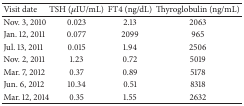
| Visit date | TSH (μIU/mL) | FT4 (ng/dL) | Thyroglobulin (ng/mL) |
 | --- | --- | --- | --- |
 | Nov. 3, 2010 | 0.023 | 2.13 | 2063 |
 | Jan. 12, 2011 | 0.077 | 2099 | 965 |
 | Jul. 13, 2011 | 0.015 | 1.94 | 2506 |
 | Nov. 2, 2011 | 1.23 | 0.72 | 5019 |
 | Mar. 7, 2012 | 0.37 | 0.89 | 5178 |
 | Jun. 6, 2012 | 10.34 | 0.51 | 8318 |
 | Mar. 12, 2014 | 0.35 | 1.55 | 2632 |